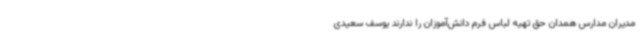
مدیران مدارس همدان حق تهیه لباس فرم دانش‌آموزان را ندارند یوسف سعیدی